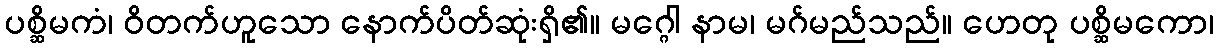
ပစ္ဆိမကံ၊ ဝိတက်ဟူသော နောက်ပိတ်ဆုံးရှိ၏။ မဂ္ဂေါ နာမ၊ မဂ်မည်သည်။ ဟေတု ပစ္ဆိမကော၊